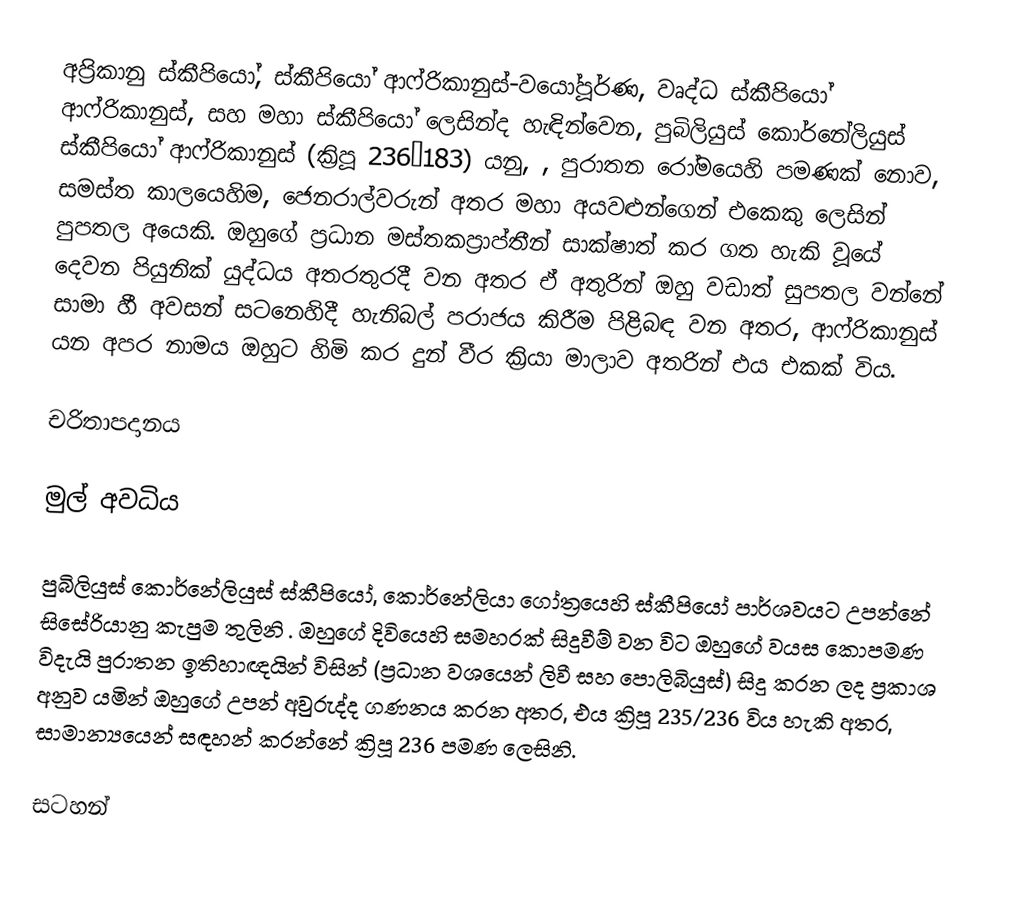
අප්‍රිකානු ස්කීපියෝ, ස්කීපියෝ ආෆ්රිකානුස්-වයෝපූර්ණ, වෘද්ධ ස්කීපියෝ ආෆ්රිකානුස්, සහ මහා ස්කීපියෝ ලෙසින්ද හැඳින්වෙන, පුබිලියුස් කොර්නේලියුස් ස්කීපියෝ ආෆ්රිකානුස් (ක්‍රිපූ 236–183) යනු, , පුරාතන රෝමයෙහි පමණක් නොව, සමස්ත කාලයෙහිම, ජෙනරාල්වරුන් අතර  මහා අයවළුන්ගෙන් එකෙකු ලෙසින් පුපතල අයෙකි. ඔහුගේ ප්‍රධාන  මස්තකප්‍රාප්තීන් සාක්ෂාත් කර ගත හැකි වූයේ  දෙවන පියුනික් යුද්ධය  අතරතුරදී වන අතර ඒ අතුරින් ඔහු වඩාත් සුපතල වන්නේ සාමා හී අවසන් සටනෙහිදී හැනිබල් පරාජය කිරීම පිළිබඳ වන අතර, ආෆ්රිකානුස් යන අපර නාමය ඔහුට හිමි කර දුන් වීර ක්‍රියා මාලාව අතරින් එය එකක් විය.

චරිතාපදානය

මුල් අවධිය

පුබිලියුස් කොර්නේලියුස් ස්කීපියෝ,  කොර්නේලියා ගෝත්‍රයෙහි  ස්කීපියෝ පාර්ශවයට උපන්නේ සිසේරියානු කැපුම තුලිනි . ඔහුගේ දිවියෙහි සමහරක් සිදුවීම් වන විට ඔහුගේ වයස කොපමණ විදැයි පුරාතන ඉතිහාඥයින් විසින් (ප්‍රධාන වශයෙන් ලිවී සහ පොලිබියුස්)  සිදු කරන ලද ප්‍රකාශ අනුව යමින් ඔහුගේ උපන් අවුරුද්ද ගණනය කරන අතර, එය ක්‍රිපූ 235/236 විය හැකි අතර, සාමාන්‍යයෙන් සඳහන් කරන්නේ ක්‍රිපූ 236 පමණ ලෙසිනි.

සටහන්